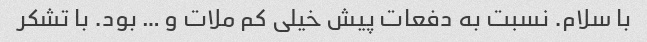
با سلام. نسبت به دفعات پیش خیلی کم ملات و … بود. با تشکر